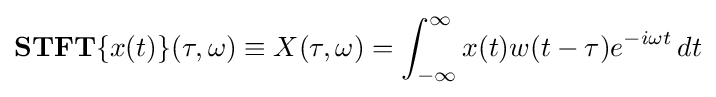
\mathbf {STFT} \{x(t)\}(\tau ,\omega )\equiv X(\tau ,\omega )=\int _{-\infty }^{\infty }x(t)w(t-\tau )e^{-i\omega t}\,dt